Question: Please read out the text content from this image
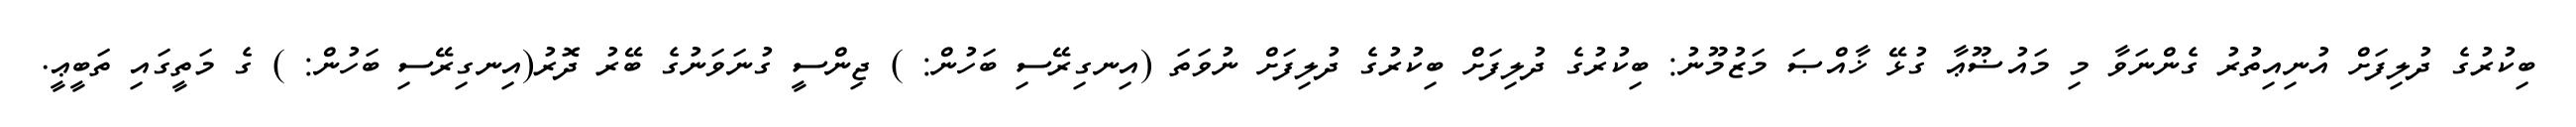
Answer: ބިކުރުގެ ދުލިފަށް އުނިއިތުރު ގެންނަވާ މި މައުޟޫޢާ ގުޅޭ ޚާއްޞަ މަޒުމޫނު: ބިކުރުގެ ދުލިފަށް ބިކުރުގެ ދުލިފަށް ނުވަތަ (އިނގިރޭސި ބަހުން: ) ޖިންސީ ގުނަވަނުގެ ބޭރު ދޮރު(އިނގިރޭސި ބަހުން: ) ގެ މަތީގައި ތަބީޢީ.